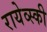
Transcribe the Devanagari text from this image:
रायेव्स्की